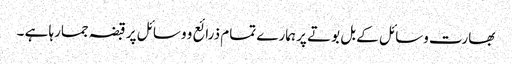
بھارت وسائل کے بل بوتے پر ہمارے تمام ذرائع و وسائل پر قبضہ جمارہا ہے ۔